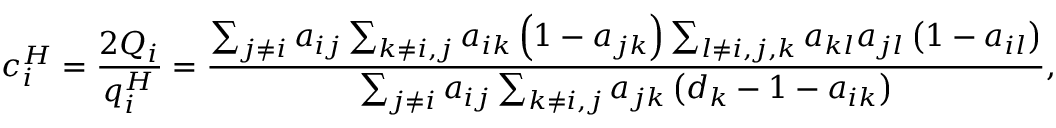
c _ { i } ^ { H } = \frac { 2 Q _ { i } } { q _ { i } ^ { H } } = \frac { \sum _ { j \neq i } a _ { i j } \sum _ { k \neq i , j } a _ { i k } \left( 1 - a _ { j k } \right) \sum _ { l \neq i , j , k } a _ { k l } a _ { j l } \left( 1 - a _ { i l } \right) } { \sum _ { j \neq i } a _ { i j } \sum _ { k \neq i , j } a _ { j k } \left( d _ { k } - 1 - a _ { i k } \right) } ,